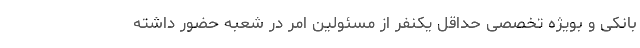
بانکی و بویژه تخصصی حداقل یکنفر از مسئولین امر در شعبه حضور داشته